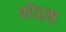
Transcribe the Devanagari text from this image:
स्टेट्स्